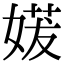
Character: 𫱈